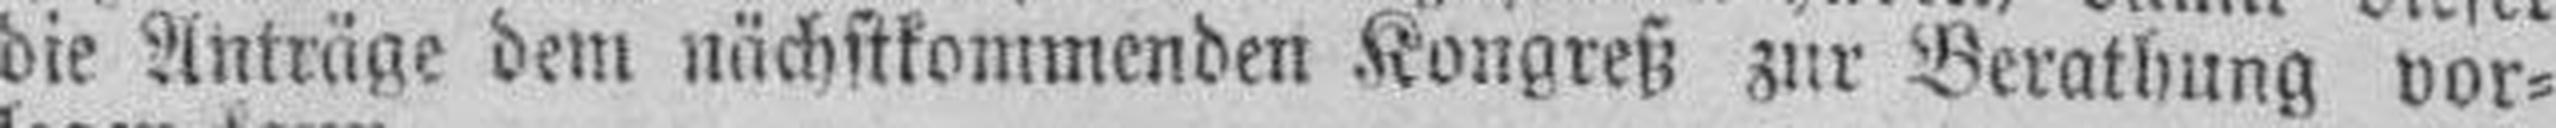
die Anträge dem nächstkommenden Kongreß zur Berathung vor¬